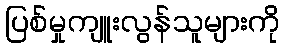
ပြစ်မှုကျူးလွန်သူများကို